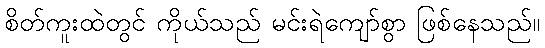
စိတ်ကူးထဲတွင် ကိုယ်သည် မင်းရဲကျော်စွာ ဖြစ်နေသည်။